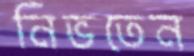
নিভতেন